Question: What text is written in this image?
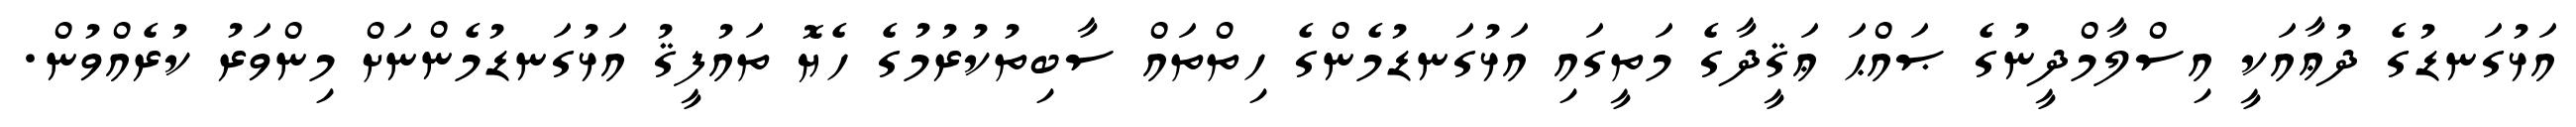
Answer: އަޅުގަނޑުގެ ދުޢާއަކީ އިސްލާމްދީނުގެ ޞައްޙަ ޢަޤީދާގެ މަތީގައި އަޅުގަނޑުމެންގެ ހިތްތައް ސާބިތުކުރުމުގެ ހެޔޮ ތައުފީޤު އަޅުގަނޑުމެންނަށް މިންވަރު ކުރެއްވުން.